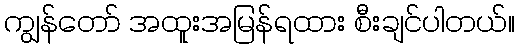
ကျွန်တော် အထူးအမြန်ရထား စီးချင်ပါတယ်။